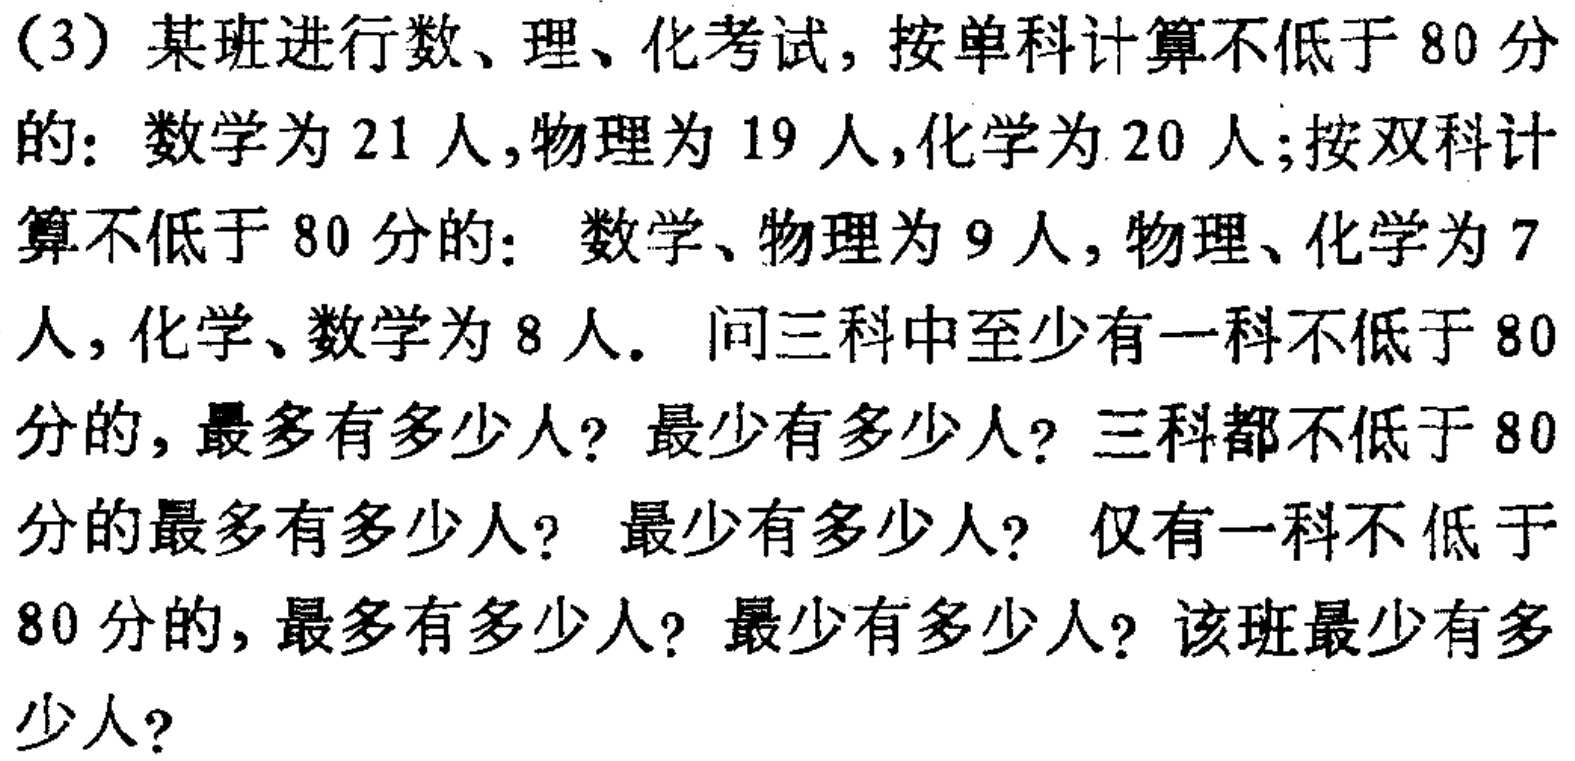
(3) 某班进行数、理、化考试，按单科计算不低于 80 分的：数学为 21 人,物理为 19 人,化学为 20 人;按双科计算不低于 80 分的：数学、物理为 9 人, 物理、化学为 7 人, 化学、数学为 8 人. 问三科中至少有一科不低于 80 分的, 最多有多少人? 最少有多少人? 三科都不低于 80 分的最多有多少人? 最少有多少人? 仅有一科不低于 80 分的, 最多有多少人? 最少有多少人? 该班最少有多少人?